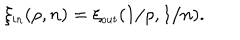
\xi _ { \small i n } ( \rho , n ) = \xi _ { \small o u t } ( 1 / \rho , 1 / n ) .